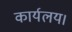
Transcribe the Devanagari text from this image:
कार्यलय।